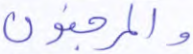
والمرجفون